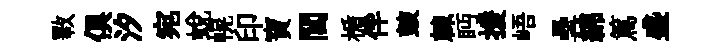
斁俱汐宛蛻幌印寶閭楯伴皷棘眄援峿壘綿篤盛